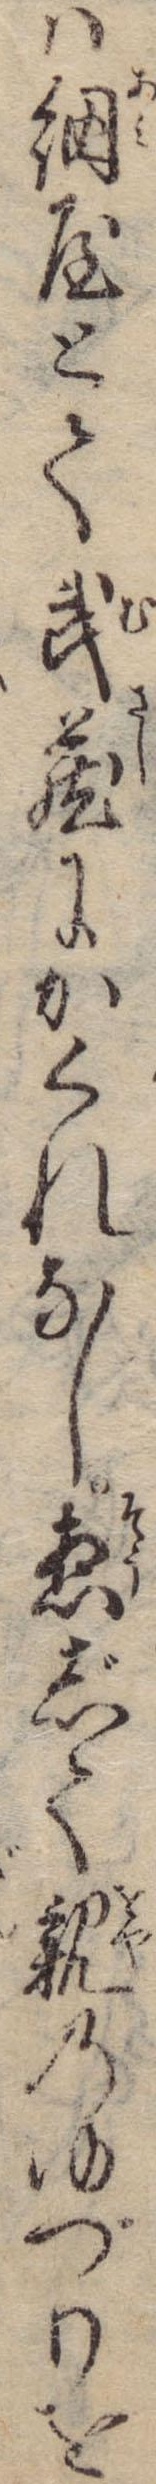
は網屋とて武蔵にかくれなし惣じて親のゆづりを